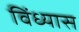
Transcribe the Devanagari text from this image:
विंध्यास